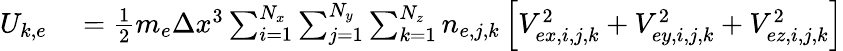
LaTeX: \begin{array}{rl}{U_{k,e}}&{{}=\frac{1}{2}m_{e}\Delta x^{3}\sum_{i=1}^{N_{x}}\sum_{j=1}^{N_{y}}\sum_{k=1}^{N_{z}}n_{e,j,k}\left[V_{ex,i,j,k}^{2}+V_{ey,i,j,k}^{2}+V_{ez,i,j,k}^{2}\right]}\end{array}